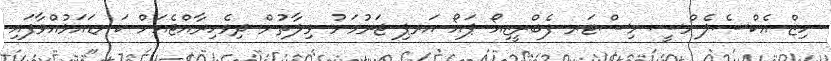
ހިޒް އެކްސެލެންސީ މިސްޓަރ ފެބްރީޒިއޯ ޕައޯ އަރޕި ޖަރުމަނު ވިލާތުން ދިވެހިރާއްޖެއަށް ކަނޑައަޅުއްވާފައި